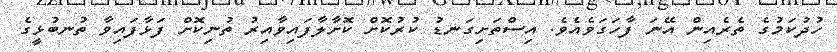
ހުދުކަމުގެ ތެރެއިން އޭނަ ފާހަގަވެއެވެ. އިސްތަށިގަނޑު ކުރުކޮށް ކޮށާލާފައިވާއިރު ތުނިކޮށް ފަޅާފައިވާ ތުނބުޅީގެ